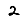
Digit: 2